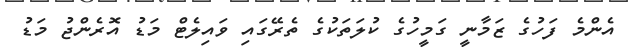
އެންމެ ފަހުގެ ޒަމާނީ ގަމީހުގެ ކުލަތަކުގެ ތެރޭގައި ވައިލެޓް މަޑު އޮރެންޖު މަޑު